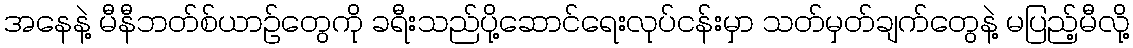
အနေနဲ့ မီနီဘတ်စ်ယာဉ်တွေကို ခရီးသည်ပို့ဆောင်ရေးလုပ်ငန်းမှာ သတ်မှတ်ချက်တွေနဲ့ မပြည့်မီလို့